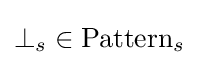
\bot _{s}\in \mathrm {Pattern} _{s}